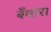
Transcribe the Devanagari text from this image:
बँधारा